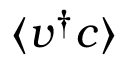
\langle v ^ { \dagger } c \rangle